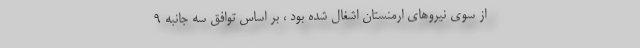
از سوی نیروهای ارمنستان اشغال شده بود ، بر اساس توافق سه جانبه ۹